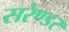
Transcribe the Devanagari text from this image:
सरेण्डर